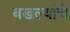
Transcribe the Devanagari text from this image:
बखल्यांचे